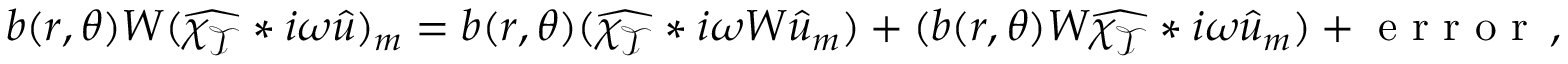
\begin{array} { r } { b ( r , \theta ) W ( \widehat { \chi _ { \mathcal { T } } } * i \omega \widehat { u } ) _ { m } = b ( r , \theta ) ( \widehat { \chi _ { \mathcal { T } } } * i \omega W \widehat { u } _ { m } ) + ( b ( r , \theta ) W \widehat { \chi _ { \mathcal { T } } } * i \omega \widehat { u } _ { m } ) + \textrm { e r r o r } \, , } \end{array}